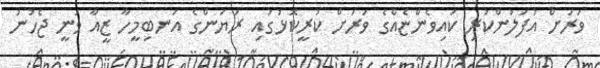
ވަރަށް އުފަލުންކުރި ކައިވެންޏެއްގެ ވަރަށް ކުރީކޮޅުގައި ރަޔަންގެ އަނބިމީހާ ޒީއާ ވަނީ ޖެހުނު